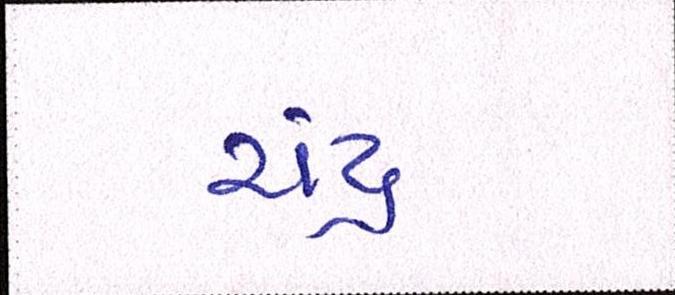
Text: ચંદ્ર